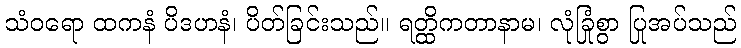
သံဝရော ထကနံ ပိဒဟနံ၊ ပိတ်ခြင်းသည်။ ရတ္ထိကတာနာမ၊ လုံခြုံစွာ ပြုအပ်သည်